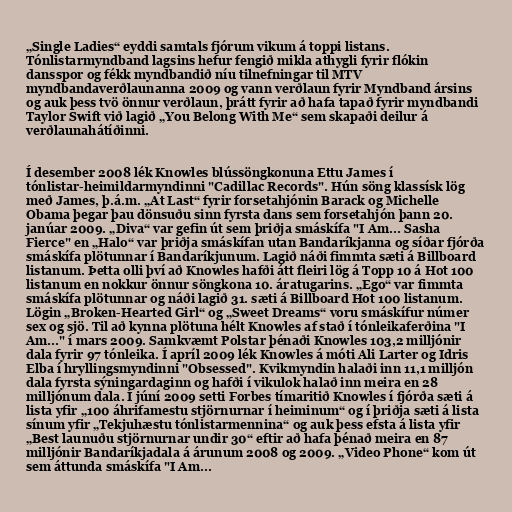
„Single Ladies“ eyddi samtals fjórum vikum á toppi listans.
Tónlistarmyndband lagsins hefur fengið mikla athygli fyrir flókin
dansspor og fékk myndbandið níu tilnefningar til MTV
myndbandaverðlaunanna 2009 og vann verðlaun fyrir Myndband ársins
og auk þess tvö önnur verðlaun, þrátt fyrir að hafa tapað fyrir myndbandi
Taylor Swift við lagið „You Belong With Me“ sem skapaði deilur á
verðlaunahátíðinni.

Í desember 2008 lék Knowles blússöngkonuna Ettu James í
tónlistar-heimildarmyndinni "Cadillac Records". Hún söng klassísk lög
með James, þ.á.m. „At Last“ fyrir forsetahjónin Barack og Michelle
Obama þegar þau dönsuðu sinn fyrsta dans sem forsetahjón þann 20.
janúar 2009. „Diva“ var gefin út sem þriðja smáskífa "I Am... Sasha
Fierce" en „Halo“ var þriðja smáskífan utan Bandaríkjanna og síðar fjórða
smáskífa plötunnar í Bandaríkjunum. Lagið náði fimmta sæti á Billboard
listanum. Þetta olli því að Knowles hafði átt fleiri lög á Topp 10 á Hot 100
listanum en nokkur önnur söngkona 10. áratugarins. „Ego“ var fimmta
smáskífa plötunnar og náði lagið 31. sæti á Billboard Hot 100 listanum.
Lögin „Broken-Hearted Girl“ og „Sweet Dreams“ voru smáskífur númer
sex og sjö. Til að kynna plötuna hélt Knowles af stað í tónleikaferðina "I
Am..." í mars 2009. Samkvæmt Polstar þénaði Knowles 103,2 milljónir
dala fyrir 97 tónleika. Í apríl 2009 lék Knowles á móti Ali Larter og Idris
Elba í hryllingsmyndinni "Obsessed". Kvikmyndin halaði inn 11,1 milljón
dala fyrsta sýningardaginn og hafði í vikulok halað inn meira en 28
milljónum dala. Í júní 2009 setti Forbes tímaritið Knowles í fjórða sæti á
lista yfir „100 áhrifamestu stjörnurnar í heiminum“ og í þriðja sæti á lista
sínum yfir „Tekjuhæstu tónlistarmennina“ og auk þess efsta á lista yfir
„Best launuðu stjörnurnar undir 30“ eftir að hafa þénað meira en 87
milljónir Bandaríkjadala á árunum 2008 og 2009. „Video Phone“ kom út
sem áttunda smáskífa "I Am...